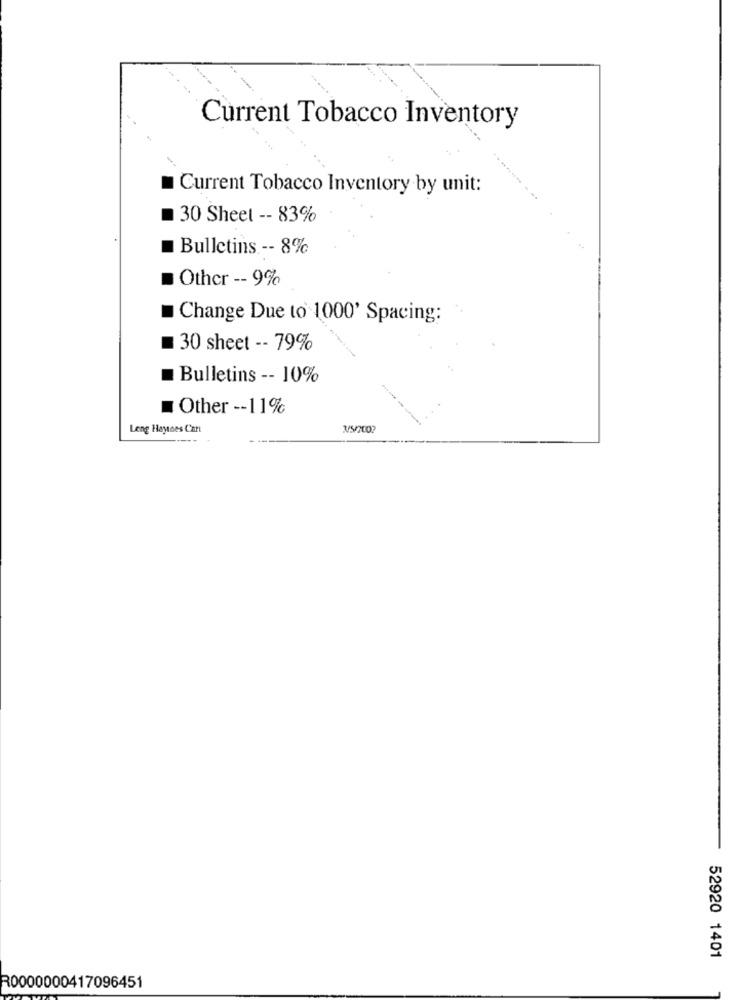
Current Tobacco Inventory
Current Tobacco Inventory by unit:
30 Sheet -- 83%
Bulletins -- 8%
Other -- 9%
Change Due to 1000' Spacing:
30 sheet -- 79%
Bulletins -- 10%
Other -- 11%
Leng Haytoes Car
3/5/200?
52920 1401
R0000000417096451